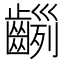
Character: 𪙂